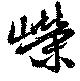
嶸